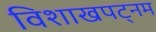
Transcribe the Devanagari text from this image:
विशाखपट्‌नम